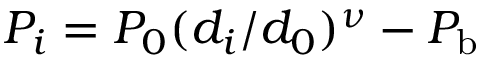
P _ { i } = P _ { 0 } ( d _ { i } / d _ { 0 } ) ^ { \nu } - P _ { \mathrm { b } }